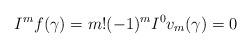
LaTeX: \begin{align*}I^mf(\gamma) = m!(-1)^m I^0v_m(\gamma) = 0\end{align*}